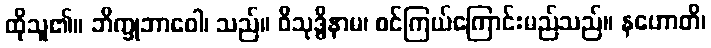
ထိုသူ၏။ ဘိက္ခုဘာဝေါ၊ သည်။ ဝိသုဒ္ဓိနာမ၊ စင်ကြယ်ကြောင်းမည်သည်။ နဟောတိ၊